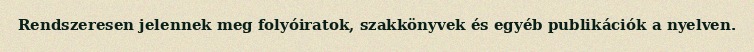
Rendszeresen jelennek meg folyóiratok, szakkönyvek és egyéb publikációk a nyelven.